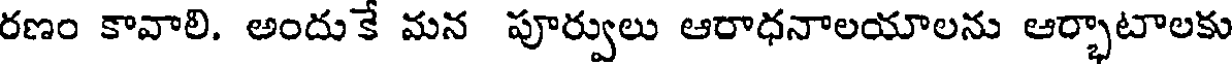
రణం కావాలి. అందుకే మన పూర్వులు ఆరాధనాలయాలను ఆర్భాటాలకు